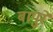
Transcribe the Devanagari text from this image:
बापुरे